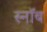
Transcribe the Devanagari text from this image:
स्नॉब